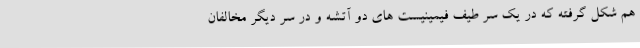
هم شکل گرفته که در یک سر طیف فیمینیست های دو آتشه و در سر دیگر مخالفان